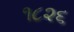
૧૮૨૬